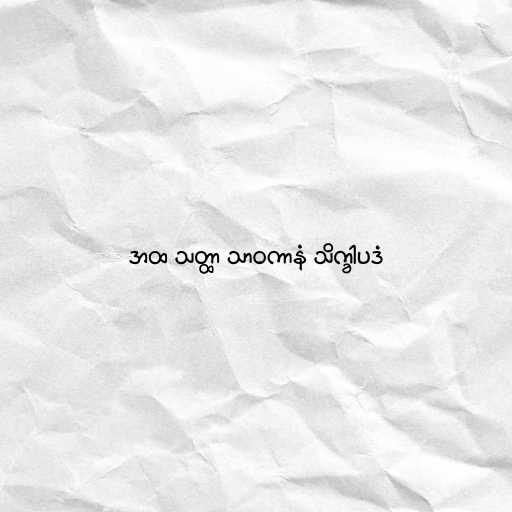
အထ သတ္ထာ သာဝကာနံ သိက္ခါပဒံ